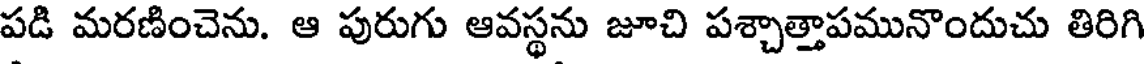
పడి మరణించెను. ఆ పురుగు ఆవస్థను జూచి పశ్చాత్తాపమునొందుచు తిరిగి